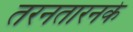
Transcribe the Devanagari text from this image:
तरनतारनके